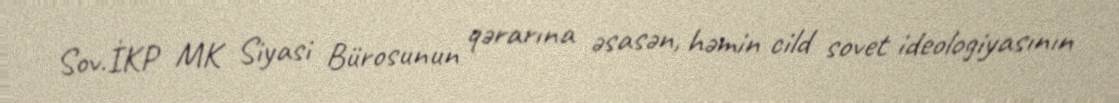
Sov.İKP MK Siyasi Bürosunun qərarına əsasən, həmin cild sovet ideologiyasının